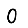
Digit: 0